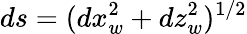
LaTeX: ds=(dx_{w}^{2}+dz_{w}^{2})^{1/2}